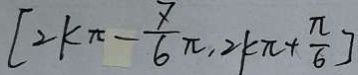
[ 2 k \pi - \frac { 7 } { 6 } \pi , 2 k k \pi + \frac { \pi } { 6 } ]